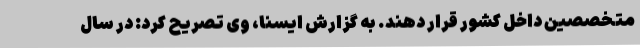
متخصصین داخل کشور قرار دهند. به گزارش ایسنا، وی تصریح کرد: در سال